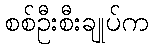
စစ်ဦးစီးချုပ်က